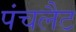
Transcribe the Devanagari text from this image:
पंचलैट